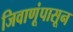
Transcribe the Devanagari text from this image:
जिवाणूंपासून